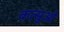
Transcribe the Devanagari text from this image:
कत्सुओ